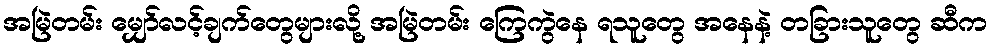
အမြဲတမ်း မျှော်လင့်ချက်တွေများလို့ အမြဲတမ်း ကြေကွဲနေ ရသူတွေ အနေနဲ့ တခြားသူတွေ ဆီက